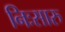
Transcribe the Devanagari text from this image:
निःसारु